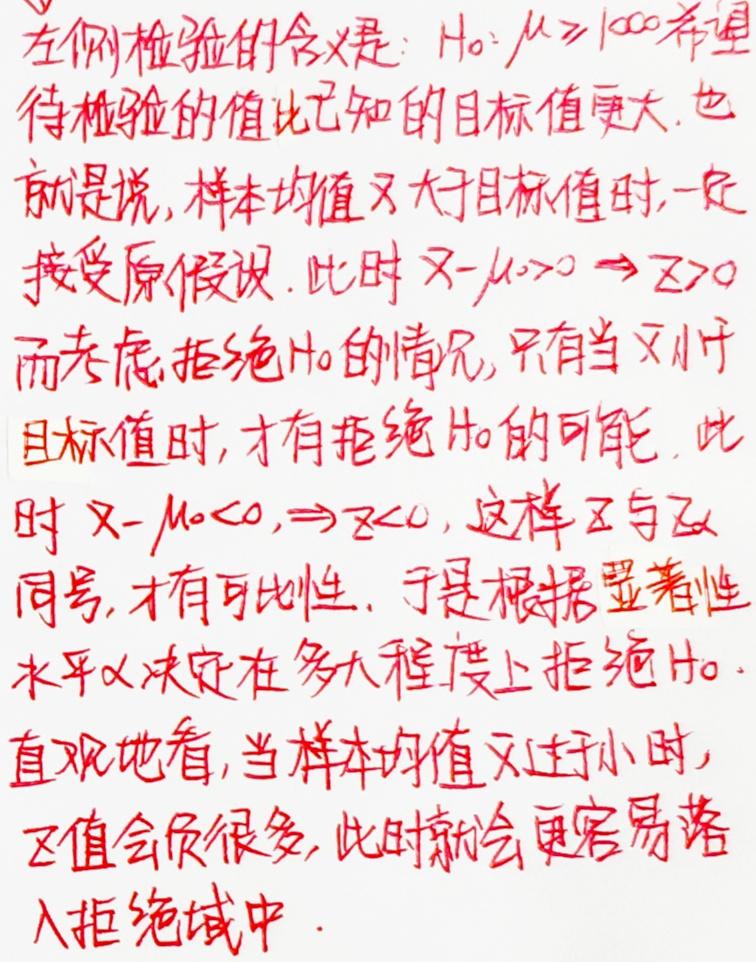
左侧检验的含义是：$H_0: \mu \geq 100$ 希望待检验的值比已知的目标值更大. 也就是说, 样本均值 $\bar{X}$ 大于目标值时, 一定接受原假设. 此时 $\bar{X}-\mu_0 > 0 \Rightarrow Z > 0$. 而考虑拒绝 $H_0$ 的情况, 只有当 $\bar{X}$ 小于目标值时, 才有拒绝 $H_0$ 的可能. 此时 $\bar{X}-\mu_0 < 0, \Rightarrow Z < 0$, 这样 $Z$ 与 $Z_{\alpha}$ 同号, 才有可比性. 于是根据显著性水平 $\alpha$ 决定在多大程度上拒绝 $H_0$. 直观地看, 当样本均值 $\bar{X}$ 过于小时, $Z$ 值会负很多, 此时就会更容易落入拒绝域中.